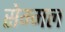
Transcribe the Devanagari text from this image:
सेम्मल